Civil Veterinary Department Bihar & Orissa reports 1922-29 - 1922-1929
Year: 1922
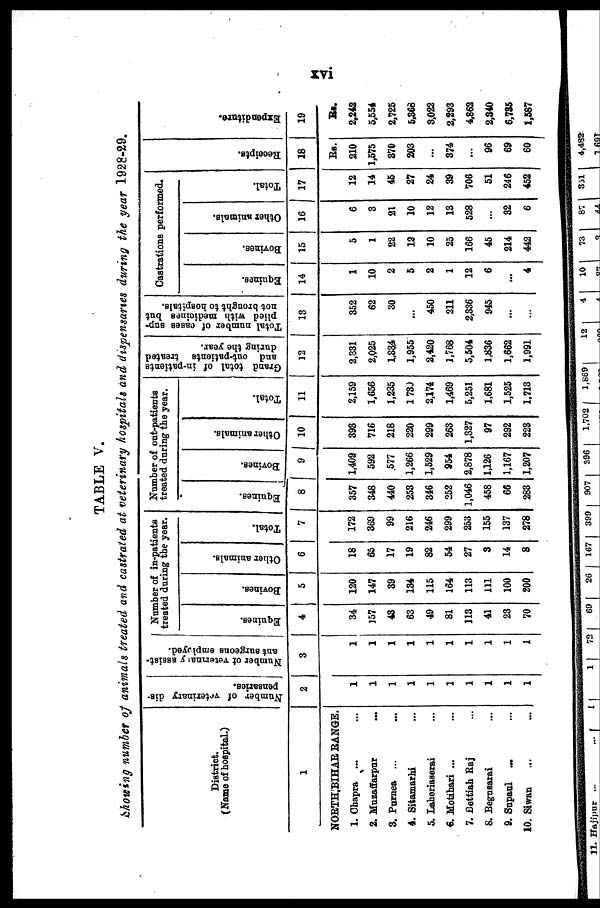
TABLE V.
Showing number of animals treated and castrated at veterinary hospitals and dispensaries during the year 1928-29.
District.
(Name of hospital.)
1
NORTH BIHAR RANGS.
1. Chapra
2. Muzaffarpur
3. Purnea ...
4. Sitamarhi
5. Laheriaserai
6. Motihari ...
7. Bettiah Raj
8. Begusarai
9. Supaul
10. Siwan
Number of veterinary die-
pensaries.
2
1
1
1
1
1
1
1
1
1
1
Number of veternna
y assist-
ant surgeons employed.
3
1
1
1
1
1
1
1
1
1
1
Number of in-patients
treated during the year.
Equines.
4
34
157
43
63
49
81
113
41
23
70
Bovines.
5
120
147
39
134
115
164
113
111
100
200
Other animals.
6
18
65
17
19
82
54
27
3
14
8
Total.
7
172
369
99
216
246
299
253
155
137
278
Number of out-patients
treated daring the year.
Equines.
8
357
348
440
253
346
252
1,046
458
66
283
Bovines.
9
1,409
592
577
1,266
1,529
954
2,878
1,126
1,167
1,207
Other animals.
10
393
716
218
220
299
263
1,327
97
292
228
Total.
11
2,159
1,656
1,235
1730
2,174
1,469
5,251
1,681
1,525
1,713
Grand total of in-patients
and out-patients treated
during the year.
12
2,331
2,025
1.334
1,955
2,420
1,768
5,504
1,836
1,662
1,991
Total number of cases sup-
plied with medicines but
not brought to hospitals.
13
352
62
30
...
450
211
2,336
945
...
Castrations performed.
Eqnines.
14
1
10
2
5
2
1
12
6
...
4
Bovines.
15
5
1
22
13
10
25
166
45
214
442
Other animals.
16
6
3
21
10
12
13
528
...
82
6
Total.
17
12
14
45
27
24
39
706
51
246
452
Beceipts.
18
Rs.
210
1,575
370
203
374
...
96
69
60
Expenditure.
19
Rs.
2,242
5,554
2,725
5,368
3,022
2,293
4,862
2,340
6,785
1,567